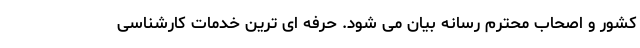
کشور و اصحاب محترم رسانه بیان می شود. حرفه ای ترین خدمات کارشناسی